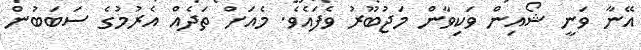
އޭނާ ވަނީ ޝޯއިން ވަކިވާން މަޖުބޫރު ވެފައެވެ. މެއަށް ތަދެއް އެރުމުގެ ސަބަބުން